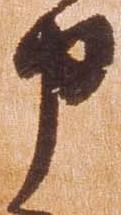
申